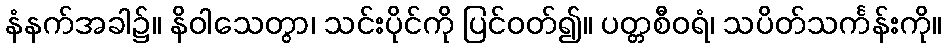
နံနက်အခါ၌။ နိဝါသေတွာ၊ သင်းပိုင်ကို ပြင်ဝတ်၍။ ပတ္တစီဝရံ၊ သပိတ်သင်္ကန်းကို။